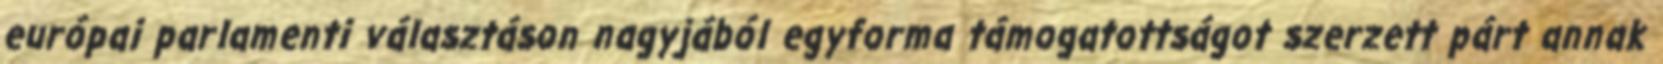
európai parlamenti választáson nagyjából egyforma támogatottságot szerzett párt annak